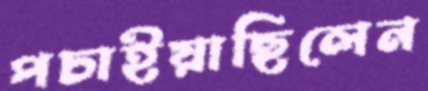
পচাইয়াছিলেন